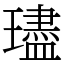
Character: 璶